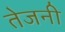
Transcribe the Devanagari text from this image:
तेजनी